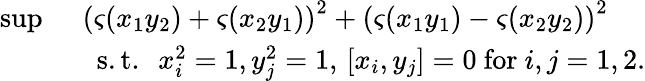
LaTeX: \begin{array}{rl}{\operatorname*{sup}\ }&{\left(\varsigma(x_{1}y_{2})+\varsigma(x_{2}y_{1})\right)^{2}+\left(\varsigma(x_{1}y_{1})-\varsigma(x_{2}y_{2})\right)^{2}}\\ &{\ \mathrm{~s.t.~}\ x_{i}^{2}=1,y_{j}^{2}=1,\, [x_{i},y_{j}]=0\mathrm{~for~}i,j=1,2.}\end{array}